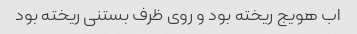
اب هویج ریخته بود و روی ظرف بستنی ریخته بود